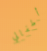
أطفالي